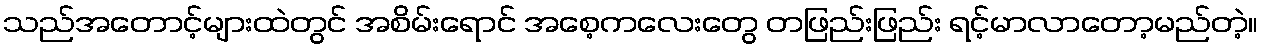
သည်အတောင့်များထဲတွင် အစိမ်းရောင် အစေ့ကလေးတွေ တဖြည်းဖြည်း ရင့်မာလာတော့မည်တဲ့။